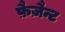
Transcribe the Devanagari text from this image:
फ़ैज़ैन्ट